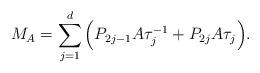
LaTeX: \begin{align*}M_A=\sum_{j=1}^d \Big( P_{2j-1} A \tau_{j}^{-1} + P_{2j} A \tau_{j} \Big).\end{align*}